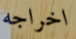
اخراجه